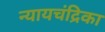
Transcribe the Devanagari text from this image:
न्यायचंद्रिका